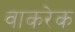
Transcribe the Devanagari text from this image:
वाकरेक